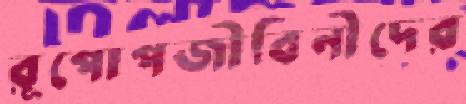
রূপোপজীবিনীদের